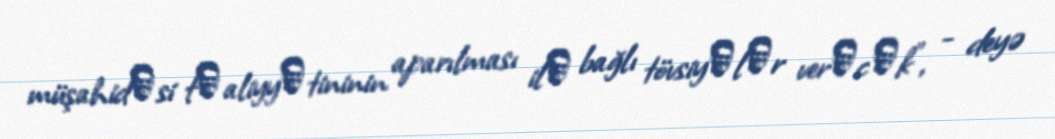
müşahidәsi fәaliyyәtininin aparılması ilә bağlı tövsiyәlәr verәcәk", - deyə